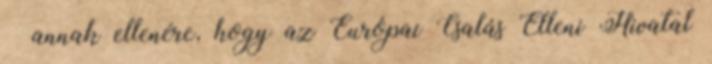
– annak ellenére, hogy az Európai Csalás Elleni Hivatal